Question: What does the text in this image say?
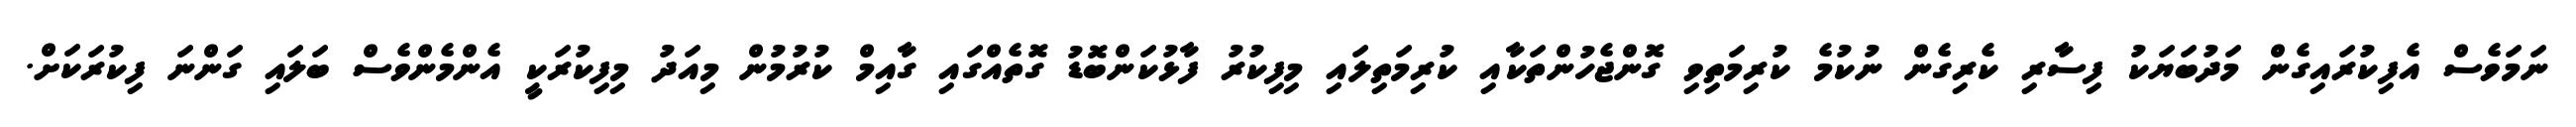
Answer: ނަމަވެސް އެފިކުރައިގެން މަދުބަޔަކު ފިސާރި ކެރިގެން ނުކުމެ ކުރިމަތިވި ގޮންޖެހުންތަކާއި ކުރިމަތިލައި މިފިކުރު ފާޅުކަންބޮޑު ގޮތެއްގައި ގާއިމް ކުރުމުން މިއަދު މިފިކުރަކީ އެންމެންވެސް ބަލައި ގަންނަ ފިކުރަކަށް.